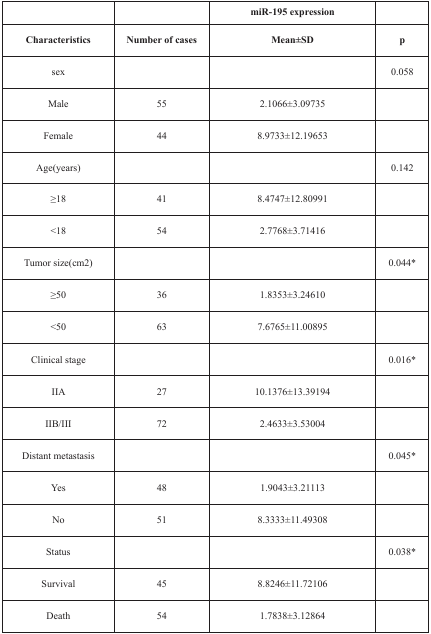
|  |  | miR-195 expression |  |
 | Characteristics | Number of cases | Mean±SD | p |
 | --- | --- | --- | --- |
 | sex |  |  | 0.058 |
 | Male | 55 | 2.1066±3.09735 |  |
 | Female | 44 | 8.9733±12.19653 |  |
 | Age(years) |  |  | 0.142 |
 | ≥18 | 41 | 8.4747±12.80991 |  |
 | <18 | 54 | 2.7768±3.71416 |  |
 | Tumor size(cm2) |  |  | 0.044* |
 | ≥50 | 36 | 1.8353±3.24610 |  |
 | <50 | 63 | 7.6765±11.00895 |  |
 | Clinical stage |  |  | 0.016* |
 | IIA | 27 | 10.1376±13.39194 |  |
 | IIB/III | 72 | 2.4633±3.53004 |  |
 | Distant metastasis |  |  | 0.045* |
 | Yes | 48 | 1.9043±3.21113 |  |
 | No | 51 | 8.3333±11.49308 |  |
 | Status |  |  | 0.038* |
 | Survival | 45 | 8.8246±11.72106 |  |
 | Death | 54 | 1.7838±3.12864 |  |